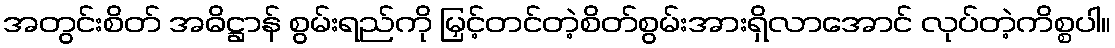
အတွင်းစိတ် အဓိဋ္ဌာန် စွမ်းရည်ကို မြှင့်တင်တဲ့စိတ်စွမ်းအားရှိလာအောင် လုပ်တဲ့ကိစ္စပါ။